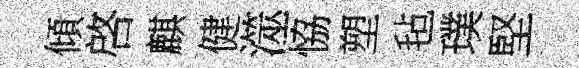
傾啓麒健澨恊塑毡璞堅